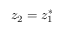
z _ { 2 } = z _ { 1 } ^ { * }